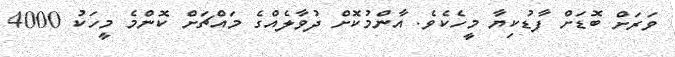
ވަރަށް ބޮޑަށް ފާޑުކިޔާ މީހެކެވެ. އާންމުކޮށް ދުވާލެއްގެ މައްޗަށް ކޮންމެ މީހަކު 4000